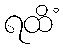
ရထိံ